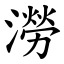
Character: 澇